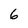
Character: 6